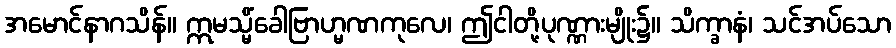
အမောင်နာဂသိန်။ ဣမသ္မိံခေါဗြာဟ္မဏကုလေ၊ ဤငါတို့ပုဏ္ဏားမျိုး၌။ သိက္ခာနံ၊ သင်အပ်သော